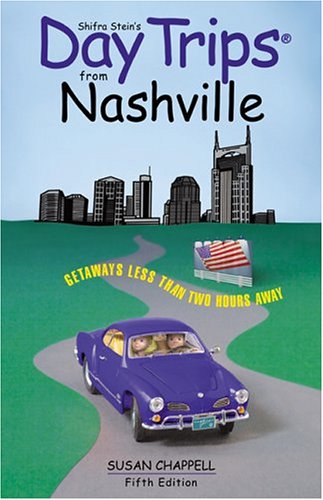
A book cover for Day Trips from Nashville, 5th (Day Trips Series); Susan Chappell; Travel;